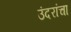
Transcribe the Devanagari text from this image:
उंदरांचा